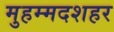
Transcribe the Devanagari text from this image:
मुहम्मदशहर